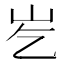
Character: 𪨣